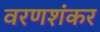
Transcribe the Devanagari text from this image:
वरणशंकर